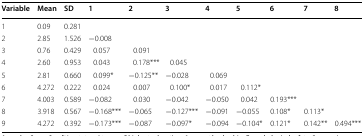
| Variable | Mean | SD | 1 | 2 | 3 | 4 | 5 | 6 | 7 | 8 |
 | --- | --- | --- | --- | --- | --- | --- | --- | --- | --- | --- |
 | 1 | 0.09 | 0.281 |  |  |  |  |  |  |  |  |
 | 2 | 2.85 | 1.526 | −0.008 |  |  |  |  |  |  |  |
 | 3 | 0.76 | 0.429 | 0.057 | 0.091 |  |  |  |  |  |  |
 | 4 | 2.60 | 0.953 | 0.043 | 0.178*** | 0.045 |  |  |  |  |  |
 | 5 | 2.81 | 0.660 | 0.099* | −0.125** | −0.028 | 0.069 |  |  |  |  |
 | 6 | 4.272 | 0.222 | 0.024 | 0.007 | 0.100* | 0.017 | 0.112* |  |  |  |
 | 7 | 4.003 | 0.589 | −0.082 | 0.030 | −0.042 | −0.050 | 0.042 | 0.193*** |  |  |
 | 8 | 3.918 | 0.567 | −0.168*** | −0.065 | −0.127*** | −0.091 | −0.055 | 0.108* | 0.113* |  |
 | 9 | 4.272 | 0.392 | −0.173*** | −0.087 | −0.097* | −0.094 | −0.104* | 0.121* | 0.142** | 0.494*** |